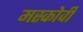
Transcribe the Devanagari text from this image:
मस्कोवी